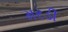
મરડી